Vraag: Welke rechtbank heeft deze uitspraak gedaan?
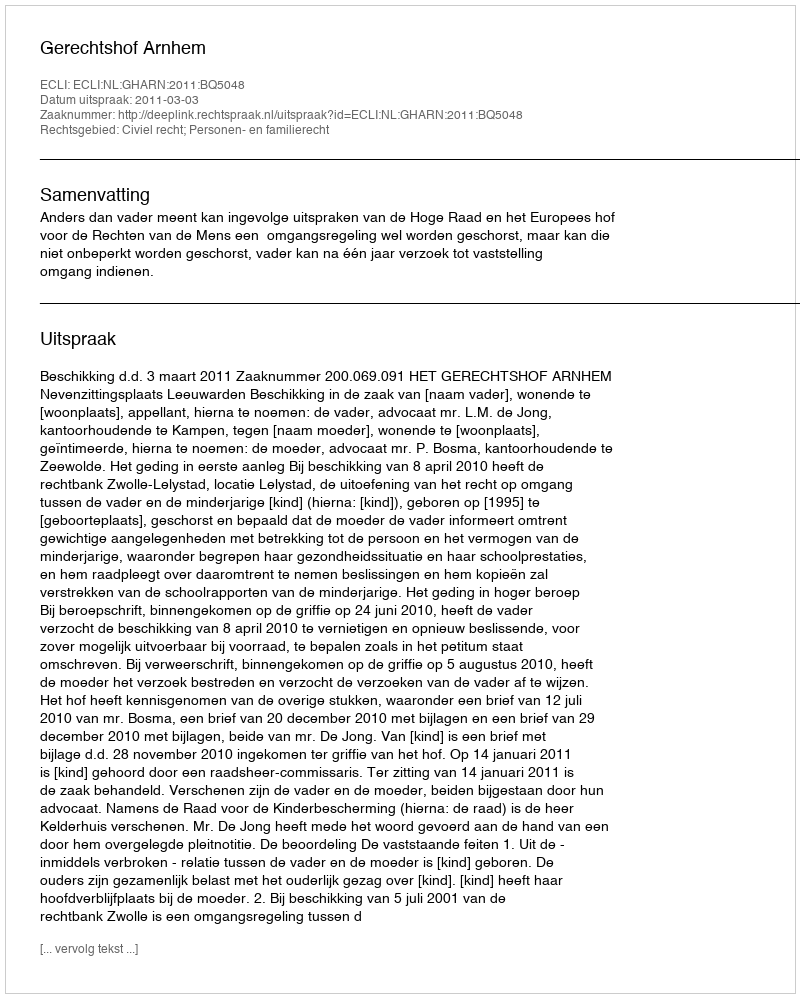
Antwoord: Gerechtshof Arnhem